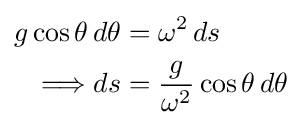
{\begin{aligned}g\cos \theta \,d\theta &=\omega ^{2}\,ds\\\Longrightarrow ds&={\frac {g}{\omega ^{2}}}\cos \theta \,d\theta \end{aligned}}